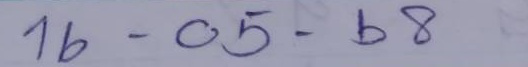
16 - 05 - 68